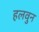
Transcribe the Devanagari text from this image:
हलवुन